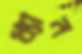
ধ্যান